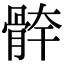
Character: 𩩃